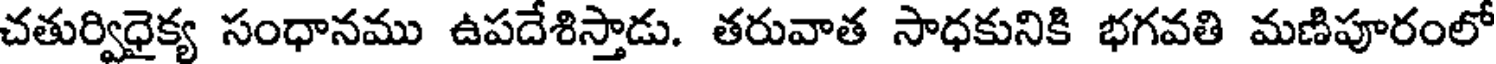
చతుర్విధైక్య సంధానము ఉపదేశిస్తాడు. తరువాత సాధకునికి భగవతి మణిపూరంలో